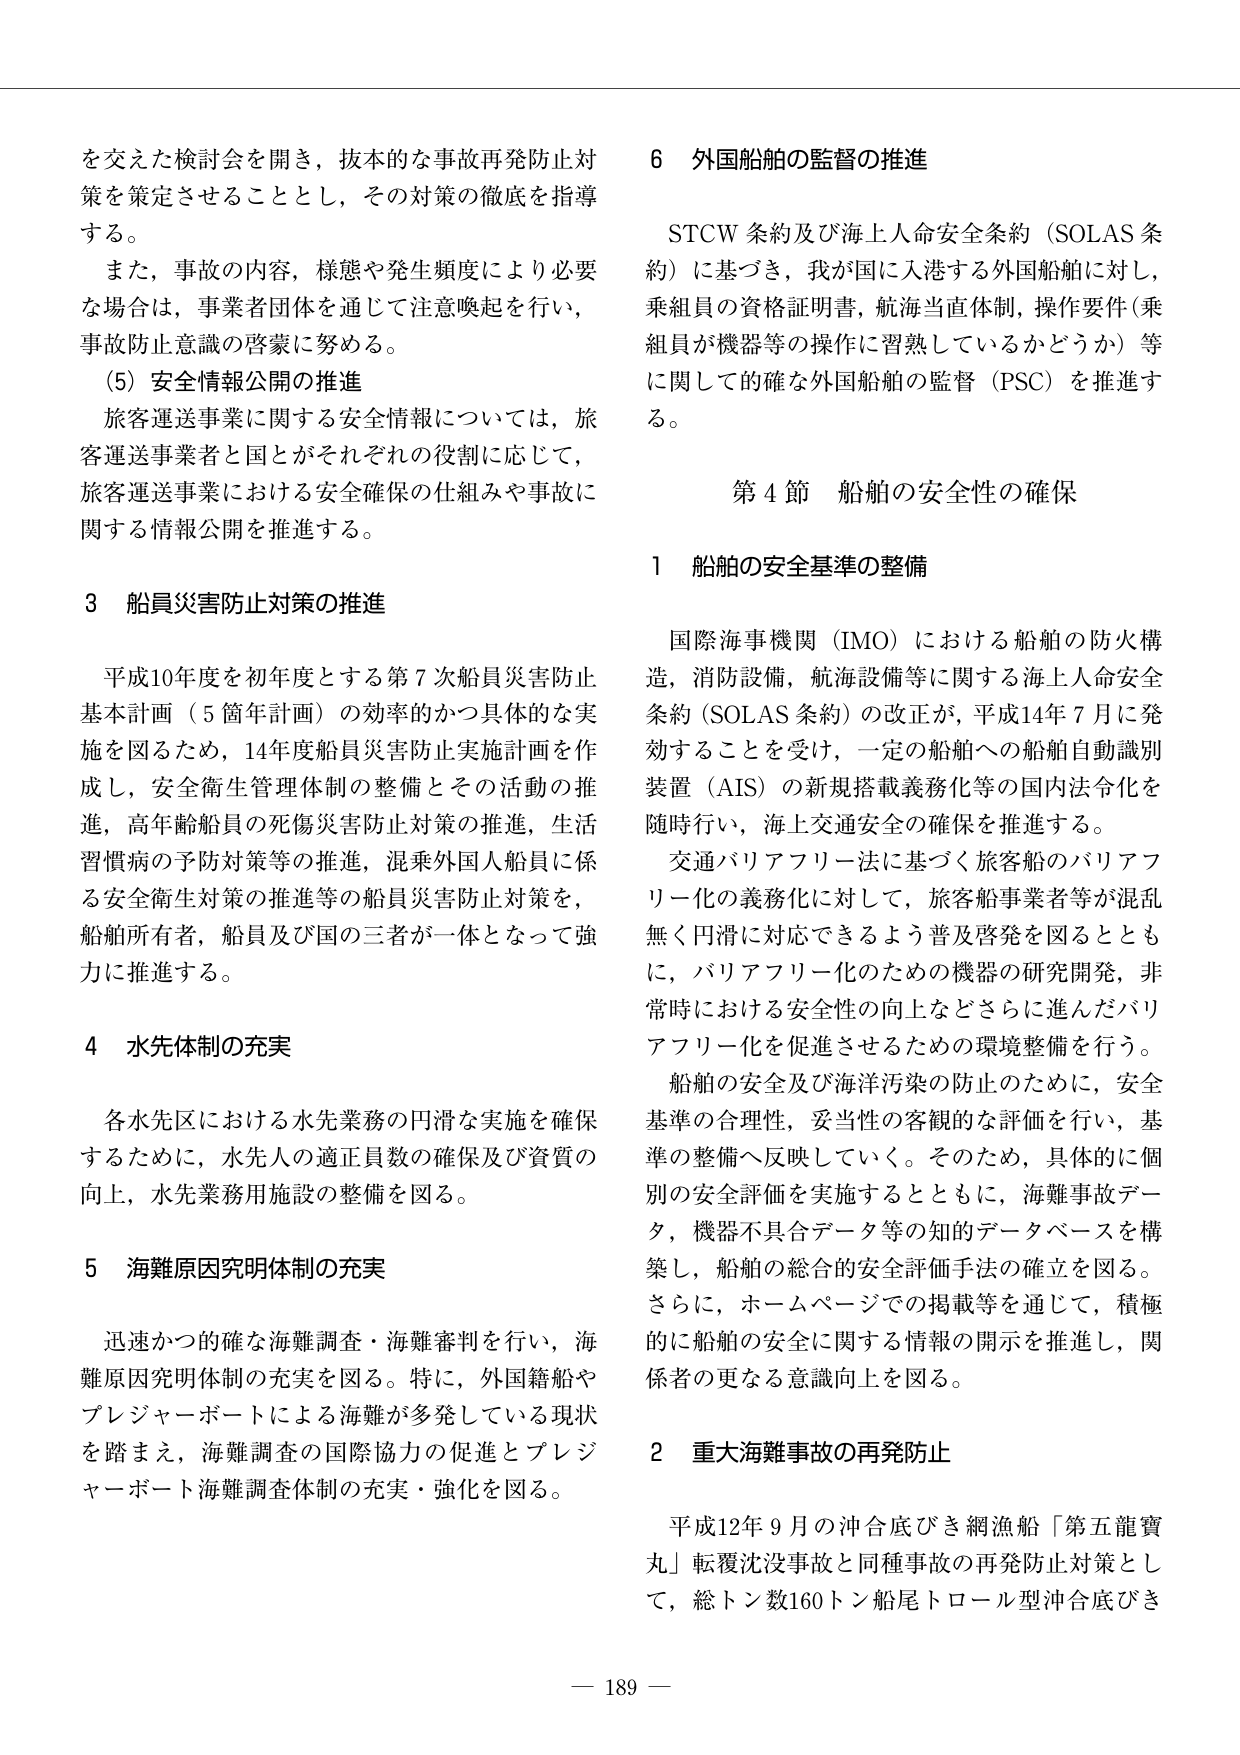
を交えた検討会を開き，抜本的な事故再発防止対策を策定させることとし，その対策の徹底を指導する。

また，事故の内容，様態や発生頻度により必要な場合は，事業者団体を通じて注意喚起を行い，事故防止意識の啓蒙に努める。

（5）安全情報公開の推進

旅客運送事業に関する安全情報については，旅客運送事業者と国とがそれぞれの役割に応じて，旅客運送事業における安全確保の仕組みや事故に関する情報公開を推進する。

3 船員災害防止対策の推進

平成10年度を初年度とする第7次船員災害防止基本計画（5箇年計画）の効率的かつ具体的な実施を図るため，14年度船員災害防止実施計画を作成し，安全衛生管理体制の整備とその活動の推進，高年齢船員の死傷災害防止対策の推進，生活習慣病の予防対策等の推進，混乗外国人船員に係る安全衛生対策の推進等の船員災害防止対策を，船舶所有者，船員及び国の三者が一体となって強力に推進する。

4 水先体制の充実

各水先区における水先業務の円滑な実施を確保するために，水先人の適正員数の確保及び資質の向上，水先業務用施設の整備を図る。

5 海難原因究明体制の充実

迅速かつ的確な海難調査・海難審判を行い，海難原因究明体制の充実を図る。特に，外国籍船やプレジャーボートによる海難が多発している現状を踏まえ，海難調査の国際協力の促進とプレジャーボート海難調査体制の充実・強化を図る。

6 外国船舶の監督の推進

STCW条約及び海上人命安全条約（SOLAS条約）に基づき，我が国に入港する外国船舶に対し，乗組員の資格証明書，航海当直体制，操作要件（乗組員が機器等の操作に習熟しているかどうか）等に関して的確な外国船舶の監督（PSC）を推進する。

第4節 船舶の安全性の確保

1 船舶の安全基準の整備

国際海事機関（IMO）における船舶の防火構造，消防設備，航海設備等に関する海上人命安全条約（SOLAS条約）の改正が，平成14年7月に発効することを受け，一定の船舶への船舶自動識別装置（AIS）の新規搭載義務化等の国内法令化を随時行い，海上交通安全の確保を推進する。

交通バリアフリー法に基づく旅客船のバリアフリー化の義務化に対して，旅客船事業者等が混乱無く円滑に対応できるよう普及啓発を図るとともに，バリアフリー化のための機器の研究開発，非常時における安全性の向上などさらに進んだバリアフリー化を促進させるための環境整備を行う。

船舶の安全及び海洋汚染の防止のために，安全基準の合理性，妥当性の客観的な評価を行い，基準の整備へ反映していく。そのため，具体的に個別の安全評価を実施するとともに，海難事故データ，機器不具合データ等の知的データベースを構築し，船舶の総合的安全評価手法の確立を図る。さらに，ホームページでの掲載等を通じて，積極的に船舶の安全に関する情報の開示を推進し，関係者の更なる意識向上を図る。

2 重大海難事故の再発防止

平成12年9月の沖合底びき網漁船「第五龍寶丸」転覆沈没事故と同種事故の再発防止対策として，総トン数160トン船尾トロール型沖合底びき

— 189 —